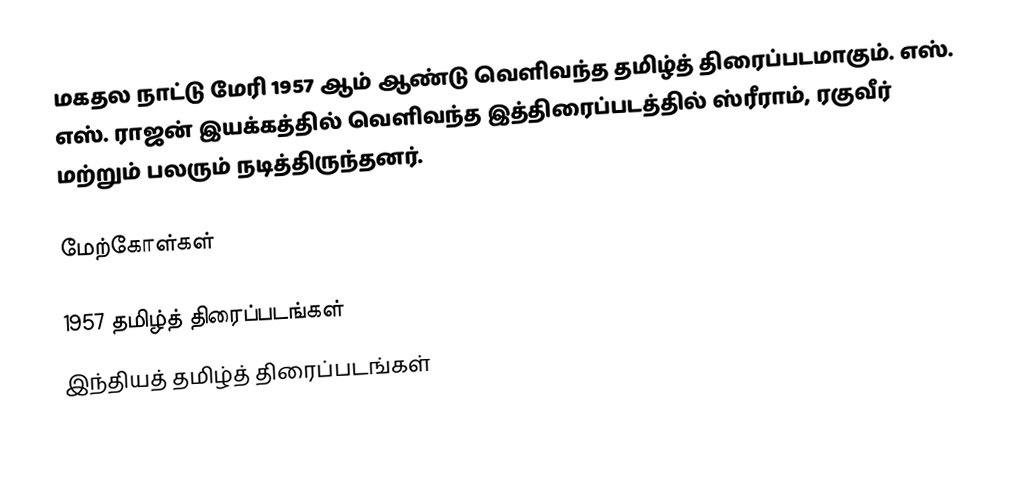
மகதல நாட்டு மேரி 1957 ஆம் ஆண்டு வெளிவந்த தமிழ்த் திரைப்படமாகும். எஸ். எஸ். ராஜன் இயக்கத்தில் வெளிவந்த இத்திரைப்படத்தில் ஸ்ரீராம், ரகுவீர் மற்றும் பலரும் நடித்திருந்தனர்.

மேற்கோள்கள்

1957 தமிழ்த் திரைப்படங்கள்
இந்தியத் தமிழ்த் திரைப்படங்கள்